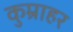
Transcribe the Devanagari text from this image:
कुम्राहर